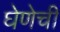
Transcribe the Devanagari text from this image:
घेणेची